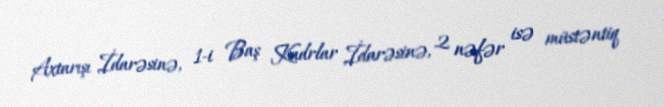
Axtarışı İdarəsinə, 1-i Baş Kadrlar İdarəsinə, 2 nəfər isə müstəntiq